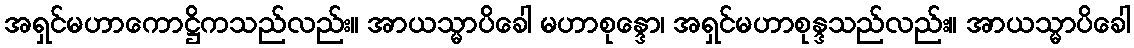
အရှင်မဟာကောဋ္ဌိကသည်လည်း။ အာယသ္မာပိခေါ မဟာစုန္ဒော၊ အရှင်မဟာစုန္ဒသည်လည်း။ အာယသ္မာပိခေါ